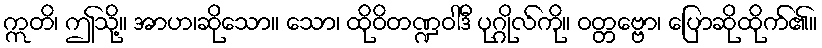
ဣတိ၊ ဤသို့။ အာဟ၊ဆိုသော။ သော၊ ထိုဝိတဏ္ဍဝါဒီ ပုဂ္ဂိုလ်ကို။ ဝတ္တဗ္ဗော၊ ပြောဆိုထိုက်၏။